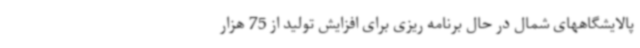
پالایشگاههای شمال در حال برنامه ریزی برای افزایش تولید از 75 هزار